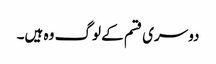
دوسری قسم کے لوگ وہ ہیں۔